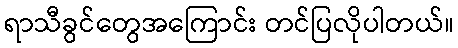
ရာသီခွင်တွေအကြောင်း တင်ပြလိုပါတယ်။